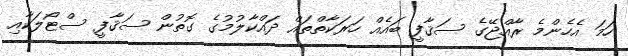
ހަމަ އެހެންމެ ރާއްޖޭގެ ސަޤާފީ ބައެއް ހަރަކާތްތައް ދައްކާލުމުގެ ގޮތުން ސަޤާފީ ސްޓޯލަކާއި